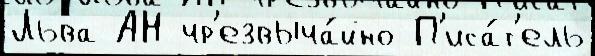
Льва АН чр'езвыча́йно П'иса́т'ель